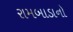
રામબાડાનો